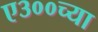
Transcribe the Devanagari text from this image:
ए३००च्या